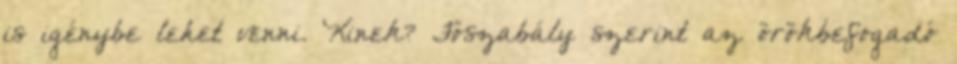
is igénybe lehet venni. Kinek? Főszabály szerint az örökbefogadó